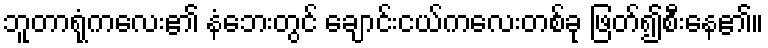
ဘူတာရုံကလေး၏ နံဘေးတွင် ချောင်းငယ်ကလေးတစ်ခု ဖြတ်၍စီးနေ၏။